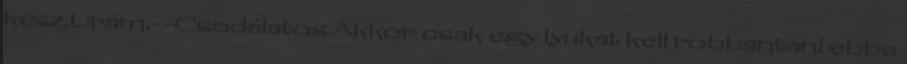
kész,Uram.- -Csodálatos Akkor csak egy lyukat kell robbantani ebbe